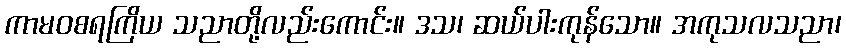
ကာမဝစရကြိယ သညာတို့လည်းကောင်း။ ဒသ၊ ဆယ်ပါးကုန်သော။ အကုသလသညာ၊